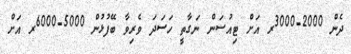
ދެން 2000-3000ރ އަށް ޓިއުސަން ނަގާތީ ހަސަދަ ވެރިވާ ބޭފުޅުން 5000-6000ރ އަށް